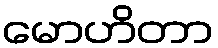
မောဟိတာ